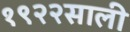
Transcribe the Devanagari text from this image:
१९२२साली